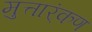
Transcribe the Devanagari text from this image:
मुत्तार्ंकण